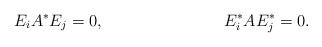
\begin{align*} E_i A^* E_j &= 0, & E^*_i A E^*_j &= 0.\end{align*}